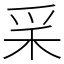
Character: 𥝩